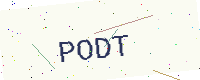
Text: PODT